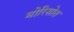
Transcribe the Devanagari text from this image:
मोरिसोत